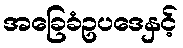
အခြေခံဥပဒေနှင့်